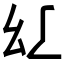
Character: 𢆴